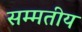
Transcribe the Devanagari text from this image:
सम्मतीय